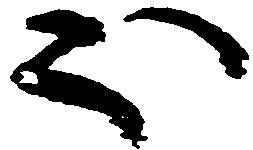
ほ